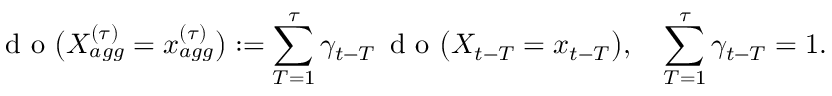
\mathrm { ~ d ~ o ~ } \big ( X _ { a g g } ^ { ( \tau ) } = x _ { a g g } ^ { ( \tau ) } \big ) : = \sum _ { T = 1 } ^ { \tau } \gamma _ { t - T } \, \mathrm { ~ d ~ o ~ } \big ( X _ { t - T } = x _ { t - T } \big ) , \quad \sum _ { T = 1 } ^ { \tau } \gamma _ { t - T } = 1 .